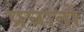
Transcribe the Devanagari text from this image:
प्रघातों